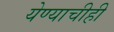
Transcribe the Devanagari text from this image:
येण्याचीही